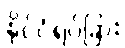
နိုင်ငံရပ်ခြား